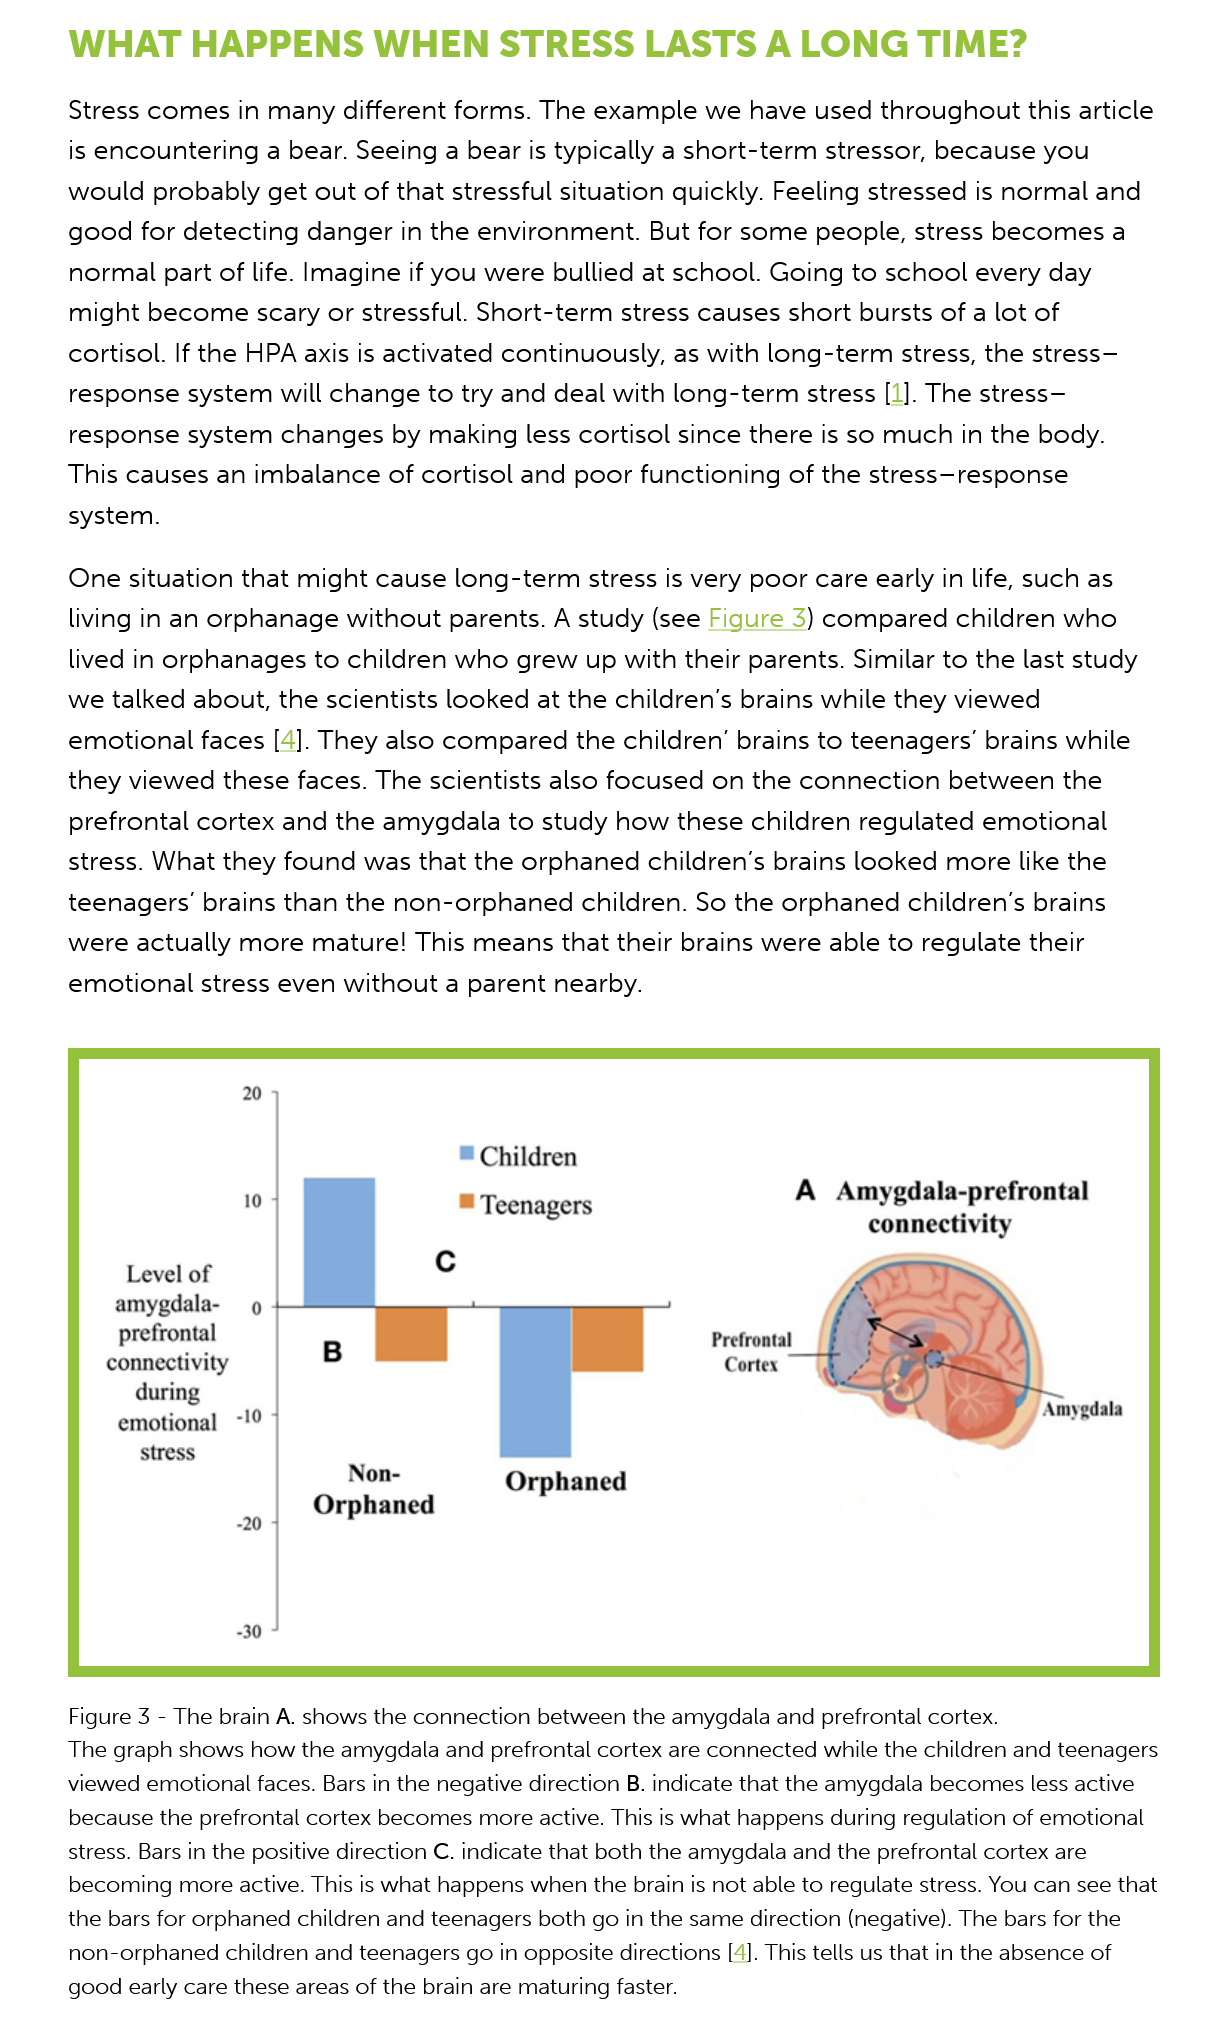
WHAT    HAPPENS    WHEN   STRESS    LASTS    A  LONG    TIME?
     Stress comes in  many different forms.  The example  we  have  used throughout this  article
     is encountering  a bear. Seeing a bear is typically a short-term stressor, because you
     would  probably  get out of that stressful situation quickly. Feeling stressed is normal and
     good  for detecting danger  in the environment.  But for some  people, stress becomes a
     normal part of life. Imagine if you were bullied at school. Going to school every day
     might  become scary   or stressful. Short-term stress causes short bursts of a lot of
     cortisol. If the HPA axis is activated continuously, as with long-term stress, the stress—
     response system   will change to try and deal with long-term  stress [1]. The stress—
     response  system  changes  by making  less cortisol since there is so much in the body.
     This causes  an imbalance of  cortisol and poor functioning of the stress—response
     system.
     One situation  that might cause  long-term  stress is very poor care early in life, such as
     living in an orphanage without  parents. A study (see Figure 3) compared  children who
     lived in orphanages  to children who  grew  up with their parents. Similar to the last study
     we talked  about, the scientists looked at the children’s brains while they viewed
     emotional faces  [4]. They also compared the   children’ brains to teenagers’ brains while
     they viewed  these faces. The scientists also focused on the connection   between  the
     prefrontal cortex and  the amygdala  to study how  these children regulated  emotional
     stress. What they found  was that the orphaned   children’s brains looked more like the
     teenagers’  brains than the non-orphaned   children. So the orphaned  children’s brains
     were  actually more  mature! This means that  their brains were able to regulate their
     emotional  stress even without  a parent nearby.
     © Children
     ™ Teenagers
     A  Amygdala-prefrontal
     connectivity
     Level of
     c
     amygdala-
     prefrontal    Prefrontal
     connectivity    Cortex
     during
     emotional -!°    ames
     Figure 3
     -
     The brain A. shows the connection between the amygdala and prefrontal cortex.
     The graph shows how the amygdala and prefrontal cortex are connected while the children and teenagers
     viewed emotional faces. Bars in the negative direction B. indicate that the amygdala becomes less active
     because the prefrontal cortex becomes more active. This is what happens during regulation of emotional
     stress. Bars in the positive direction C. indicate that both the amygdala and the prefrontal cortex are
     becoming  more active. This is what happens when the brain is not able to regulate stress. You can see that
     the bars for orphaned children and teenagers both go in the same direction (negative). The bars for the
     non-orphaned children and teenagers go in opposite directions [4]. This tells us that in the absence of
     good early care these areas of the brain are maturing faster.